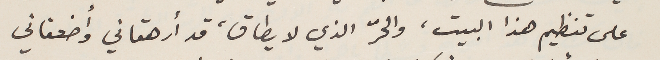
على تنظيم هذا البيت، والحرّ الذي لا يطاق، قد أرهقاني وأضعفاني